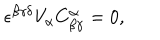
\epsilon ^ { \beta \gamma \delta } V _ { \alpha } C _ { \beta \gamma } ^ { \alpha } = 0 ,